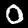
Digit: 0